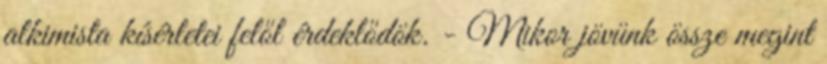
alkimista kísérletei felől érdeklődök. - Mikor jövünk össze megint